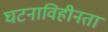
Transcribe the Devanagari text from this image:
घटनाविहीनता